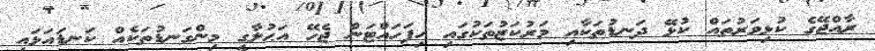
ރާއްޖޭގެ ކުޅިވަރުތައް ކުޅޭ ދަނޑުތަކާއި މަރުކަޒުތަކުގައި ހިފަހައްޓަން ޖެހޭ އަޙުލާގީ މިންގަނޑުތަކެއް ކަނޑައަޅައި